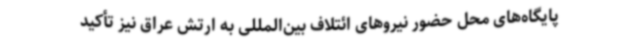
پایگاه‌های محل حضور نیروهای ائتلاف بین‌المللی به ارتش عراق نیز تأکید